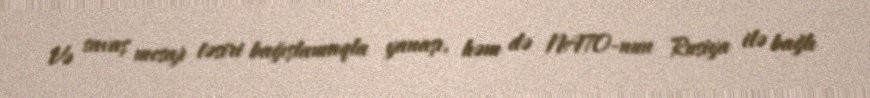
Və savaş mesajı təsiri bağışlamaqla yanaşı, həm də NATO-nun Rusiya ilə bağlı